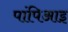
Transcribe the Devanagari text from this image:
पांपिआइ